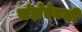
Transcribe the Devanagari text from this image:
संज्ञेऐवजी